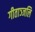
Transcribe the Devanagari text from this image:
गीताञ्जलि